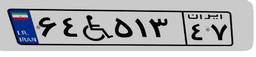
۶۴W۵۱۳۴۷